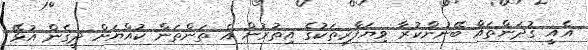
އެއީ ގުދަންތައް ބޭނުންކުރާ ވިޔަފާރިތަކުގެ އިތުރުން އެ ތަންތަން ކުއްޔަށް ދީގެން އުޅޭ